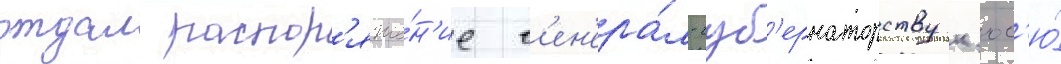
отдал распор'яже́н'ие г'ен'ера́л-губ'ернаторству к'юс'ю́